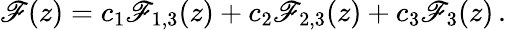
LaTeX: \mathscr{F}(z)=c_{1}\mathscr{F}_{1,3}(z)+c_{2}\mathscr{F}_{2,3}(z)+c_{3}\mathscr{F}_{3}(z)\, .